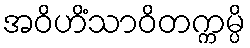
အဝိဟိံသာဝိတက္ကမ္ပိ